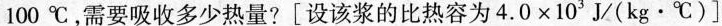
100℃，需要吸收多少热量?[设该浆的比热容为$$4.0×10J/(kg·℃)$$]